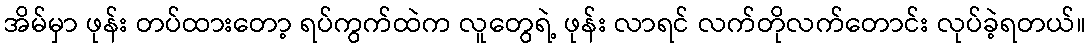
အိမ်မှာ ဖုန်း တပ်ထားတော့ ရပ်ကွက်ထဲက လူတွေရဲ့ ဖုန်း လာရင် လက်တိုလက်တောင်း လုပ်ခဲ့ရတယ်။